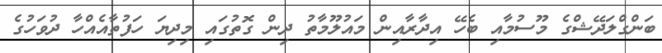
ބަންގްލަދޭޝްގެ މޫސުމާއި ބެހޭ އިދާރާއިން މައުލޫމާތު ދިން ގޮތުގައި މިދިޔަ ހަފުތާއެއްހާ ދުވަހުގެ